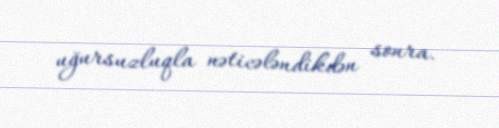
uğursuzluqla nəticələndikdən sonra.